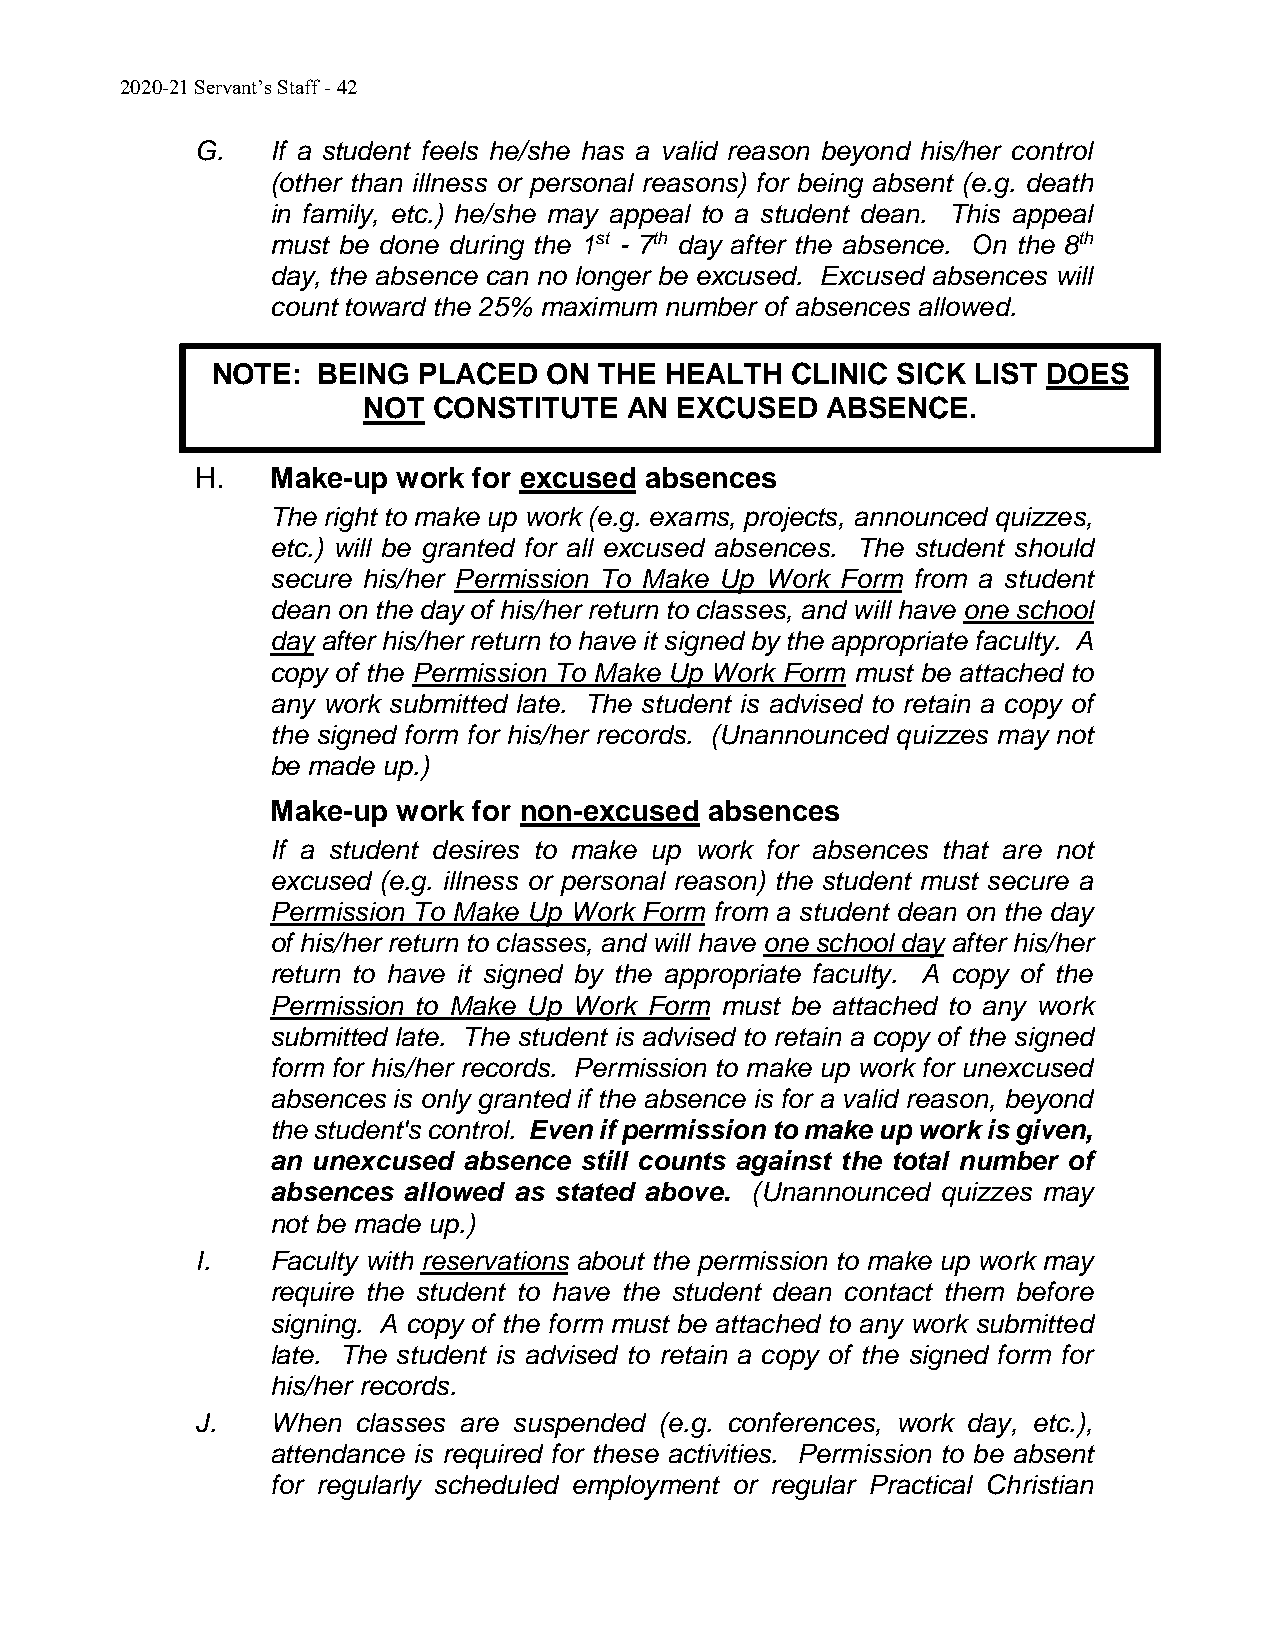
2020-21 Servant’s Staff - 42
 G.   If a student feels he/she has a valid reason beyond his/her control
 (other than illness or personal reasons) for being absent (e.g. death
 in family, etc.) he/she may appeal to a student dean. This appeal
 must be done during the 1st - 7th day after the absence. On the 8th
 day, the absence can no longer be excused. Excused absences will
 count toward the 25% maximum number of absences allowed.
 NOTE:  BEING  PLACED  ON  THE HEALTH  CLINIC SICK  LIST DOES
 NOT  CONSTITUTE   AN EXCUSED   ABSENCE.
 H.   Make-up work for excused absences
 The right to make up work (e.g. exams, projects, announced quizzes,
 etc.) will be granted for all excused absences. The student should
 secure his/her Permission To Make Up Work Form from a student
 dean on the day of his/her return to classes, and will have one school
 day after his/her return to have it signed by the appropriate faculty. A
 copy of the Permission To Make Up Work Form must be attached to
 any work submitted late. The student is advised to retain a copy of
 the signed form for his/her records. (Unannounced quizzes may not
 be made up.)
 Make-up work for non-excused absences
 If a student desires to make up work for absences that are not
 excused (e.g. illness or personal reason) the student must secure a
 Permission To Make Up Work Form from a student dean on the day
 of his/her return to classes, and will have one school day after his/her
 return to have it signed by the appropriate faculty. A copy of the
 Permission to Make Up Work Form must be attached to any work
 submitted late. The student is advised to retain a copy of the signed
 form for his/her records. Permission to make up work for unexcused
 absences is only granted if the absence is for a valid reason, beyond
 the student's control. Even if permission to make up work is given,
 an unexcused absence still counts against the total number of
 absences allowed as stated above. (Unannounced quizzes may
 not be made up.)
 I.   Faculty with reservations about the permission to make up work may
 require the student to have the student dean contact them before
 signing. A copy of the form must be attached to any work submitted
 late. The student is advised to retain a copy of the signed form for
 his/her records.
 J.   When  classes are suspended (e.g. conferences, work day, etc.),
 attendance is required for these activities. Permission to be absent
 for regularly scheduled employment or regular Practical Christian